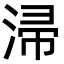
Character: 㴆